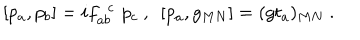
LaTeX: [ p _ { a } , p _ { b } ] = i f _ { a b } ^ { ~ ~ c } \, \, p _ { c } ~ , ~ ~ [ p _ { a } , g _ { M N } ] = ( g t _ { a } ) _ { M N } ~ .